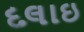
દલાઇ